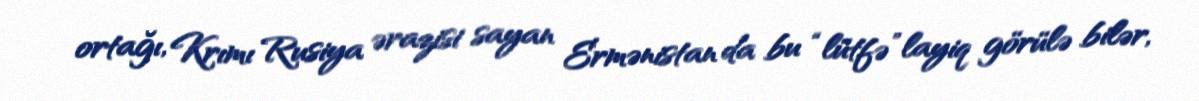
ortağı, Krımı Rusiya ərazisi sayan Ermənistan da bu “lütfə” layiq görülə bilər,